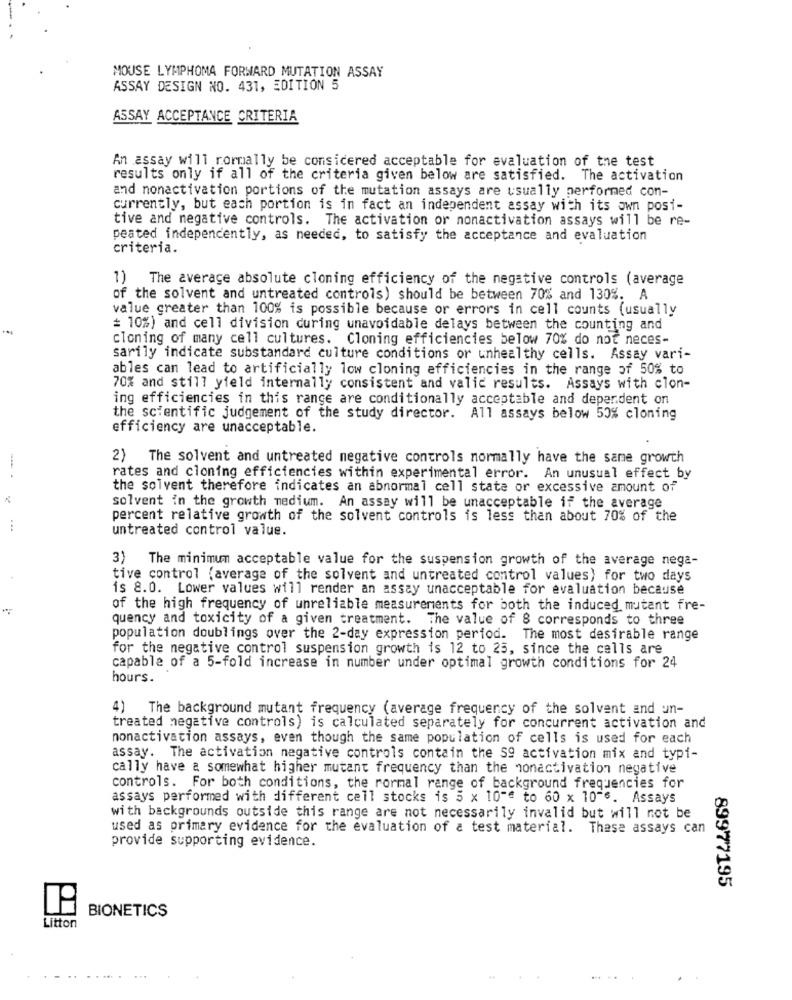
MOUSE LYMPHOMA FORWARD MUTATION ASSAY
ASSAY DESIGN NO. 431, EDITION 5
ASSAY ACCEPTANCE CRITERIA
An assay will rormally be considered acceptable for evaluation of the test
results only if all of the criteria given below are satisfied. The activation
and nonactivation portions of the mutation assays are usually performed con-
currently, but each portion is in fact an independent assay with its own posi-
tive and negative controls. The activation or nonactivation assays will be re-
peated independently, as needed, to satisfy the acceptance and evaluation
criteria.
1) The average absolute cloning efficiency of the negative controls (average
of the solvent and untreated controls) should be between 70% and 130%. A
value greater than 100% is possible because or errors in cell counts (usually
= 10%) and cell division during unavoidable delays between the counting and
cloning of many cell cultures. Cloning efficiencies below 70% do not neces-
sarily indicate substandard culture conditions or unhealthy cells. Assay vari-
ables can lead to artificially low cloning efficiencies in the range of 50% to
70% and still yield internally consistent and valid results. Assays with cion-
ing efficiencies in this range are conditionally acceptable and dependent on
the scientific judgement of the study director. All assays below 50% cloning
efficiency are unacceptable.
2) The solvent and untreated negative controls normally have the same growth
-.
rates and cloning efficiencies within experimental error. An unusual effect by
the solvent therefore indicates an abnormal cell state or excessive amount of
solvent in the growth medium. An assay will be unacceptable if the average
percent relative growth of the solvent controls is less than about 70% of the
untreated control value.
3) The minimum acceptable value for the suspension growth of the average nega-
tive control (average of the solvent and untreated control values) for two days
is 8.0. Lower values will render an assay unacceptable for evaluation because
of the high frequency of unreliable measurements for both the induced mutant fre-
quency and toxicity of a given treatment.
The value of 8 corresponds to three
population doublings over the 2-day expression period. The most desirable range
for the negative control suspension growth is 12 to 25, since the cells are
capable of a 5-fold increase in number under optimal growth conditions for 24
hours.
4) The background mutant frequency (average frequency of the solvent and un-
treated negative controls) is calculated separately for concurrent activation and
nonactivation assays, even though the same population of cells is used for each
assay. The activation negative controls contain the S9 activation mix and typi-
cally have a somewhat higher mutant frequency than the nonactivation negative
controls. For both conditions, the rormal range of background frequencies for
assays performed with different cell stocks is 5 x 10"" to 60 x 10-6. Assays
with backgrounds outside this range are not necessarily invalid but will not be
used as primary evidence for the evaluation of a test material. These assays can
provide supporting evidence.
89977195
BIONETICS
Litton
... ..